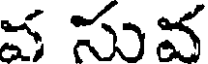
వ సువ